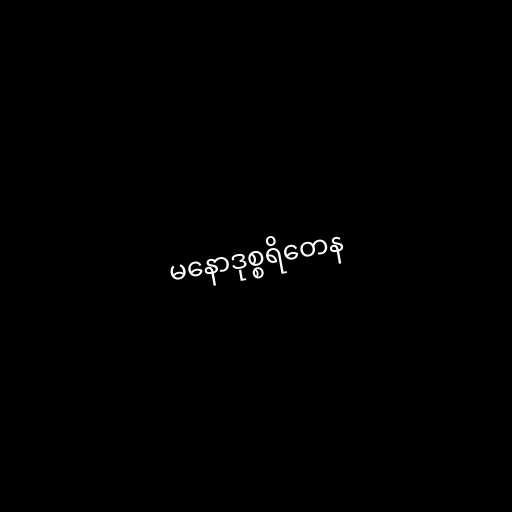
မနောဒုစ္စရိတေန